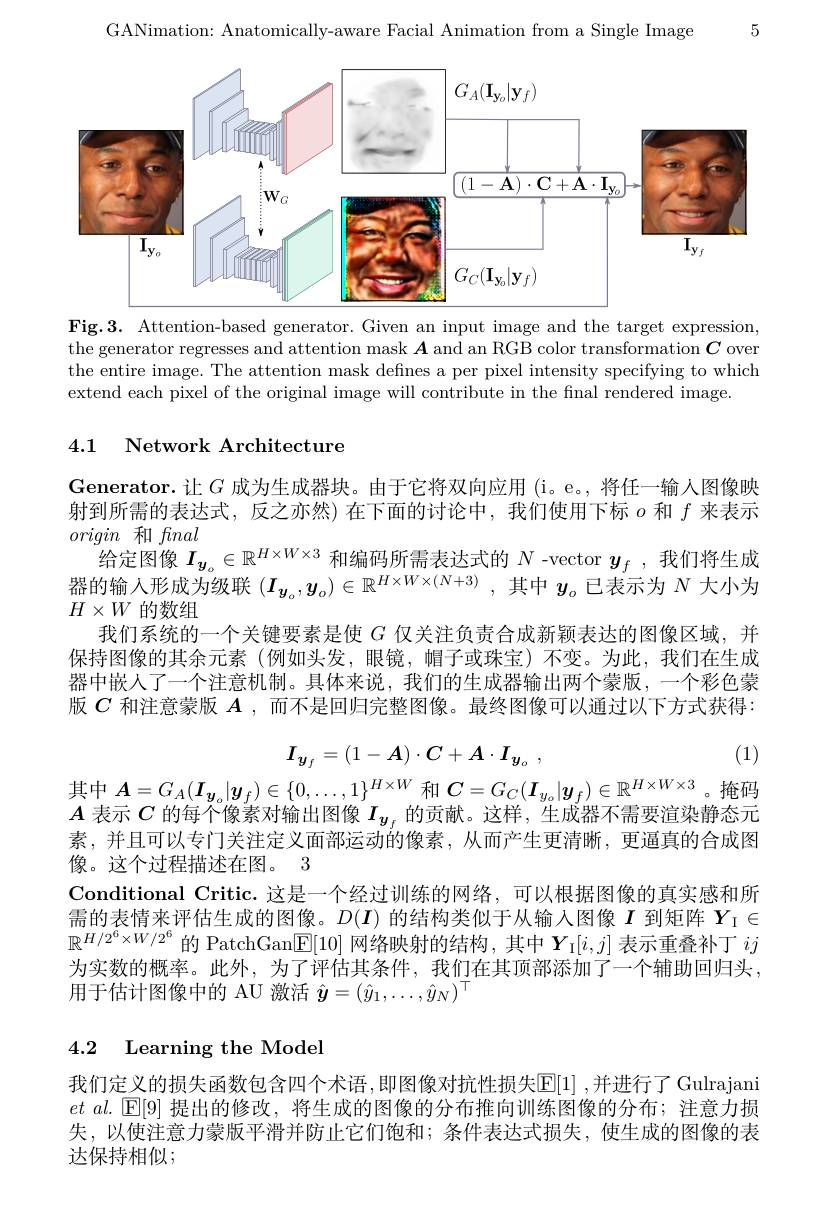
5

GANimation: Anatomically-aware Facial Animation from a Single Image

<FigureHere>
Fig.3. Attention-based generator. Given an input image and the target expression,

the generator regresses and attention mask $\boldsymbol{A}$ and an RGB color transformation $\boldsymbol{C}$ over the entire image. The attention mask defnes a per pixel intensity specifying to which extend each pixel of the original image will contribute in the final rendered image.

## 4.1 $\textbf{Network Architecture}$

Generator.让$G$ 成为生成器块。由于它将双向应用(i。e。,将任一输人图像映射到所需的表达式，反之亦然)在下面的讨论中，我们使用下标$o$和$f$来表示origin和fnal
给定图像$I_{y_o}\in\mathbb{R}^{H\times W\times3}$和编码所需表达式的$N$ -vector $y_f$ ,我们将生成器的输入形成为级联$(I_{\boldsymbol{y}_o},y_o)\in\mathbb{R}^{H\times W\times(N+3)}$,其中$y_o$已表示为$N$大小为$H\times W$的数组
我们系统的一个关键要素是使$G$仅关注负责合成新颖表达的图像区域，并保持图像的其余元素(例如头发，眼镜，帽子或珠宝)不变。为此，我们在生成器中嵌人了一个注意机制。具体来说，我们的生成器输出两个蒙版，一个彩色蒙版$C$和注意蒙版$A$,而不是回归完整图像。最终图像可以通过以下方式获得：
$$I_{y_f}=(1-A)\cdot C+A\cdot I_{y_o}\:,$$
(1)

其中$\boldsymbol{A}=G_A(\boldsymbol{I}_{\boldsymbol{y}_o}|\boldsymbol{y}_f)\in\{0,\ldots,1\}^{H\times W}$和$\boldsymbol{C}=G_C(\boldsymbol{I}_{y_o}|\boldsymbol{y}_f)\in\mathbb{R}^{H\times W\times3}$。掩码$A$表示$C$的每个像素对输出图像$I_{y_f}$的贡献。这样，生成器不需要渲染静态元素，并且可以专门关注定义面部运动的像素，从而产生更清晰，更逼真的合成图像。这个过程描述在图。3
Conditional Critic. 这是一个经过训练的网络，可以根据图像的真实感和所需的表情来评估生成的图像。$D(\boldsymbol{I})$的结构类似于从输入图像$I$到矩阵$Y_\mathrm{I}\in$ $\mathbb{R}^{H/2^6\times W/2^6}$的 PatchGan$[\mathbb{E}[10]$网络映射的结构 ,其中$Y_{\mathrm{I}}[i,j]$表示重叠补丁$ij$ 为实数的概率。此外，为了评估其条件，我们在其顶部添加了一个辅助回归头， 用于估计图像中的 AU 激活$\hat{\boldsymbol{y}}=(\hat{y}_1,\ldots,\hat{y}_N)^\top$

## 4.2 Learning the Model

我们定义的损失函数包含四个术语，即图像对抗性损失E[1] ,并进行了 Gulrajani $et~al.~\boxed{\mathrm{E}}[9]~$提出的修改，将生成的图像的分布推向训练图像的分布；注意力损失，以使注意力蒙版平滑并防止它们饱和；条件表达式损失，使生成的图像的表达保持相似；